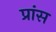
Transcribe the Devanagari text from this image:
प्रांस